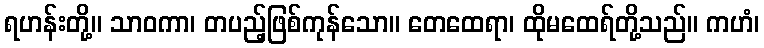
ရဟန်းတို့။ သာဝကာ၊ တပည့်ဖြစ်ကုန်သော။ တေထေရာ၊ ထိုမထေရ်တို့သည်။ ကဟံ၊